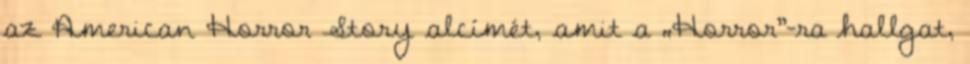
az American Horror Story alcímét, amit a „Horror”-ra hallgat,